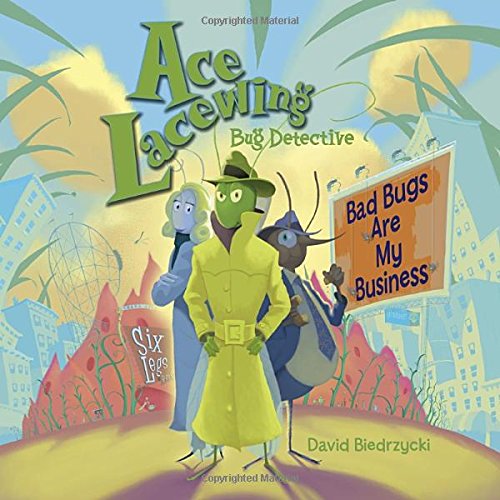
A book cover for Ace Lacewing, Bug Detective: Bad Bugs Are My Business; David Biedrzycki; Humor & Entertainment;